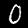
Label: 0